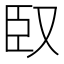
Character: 臤